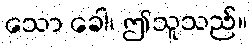
သော ခေါ၊ ဤသူသည်။